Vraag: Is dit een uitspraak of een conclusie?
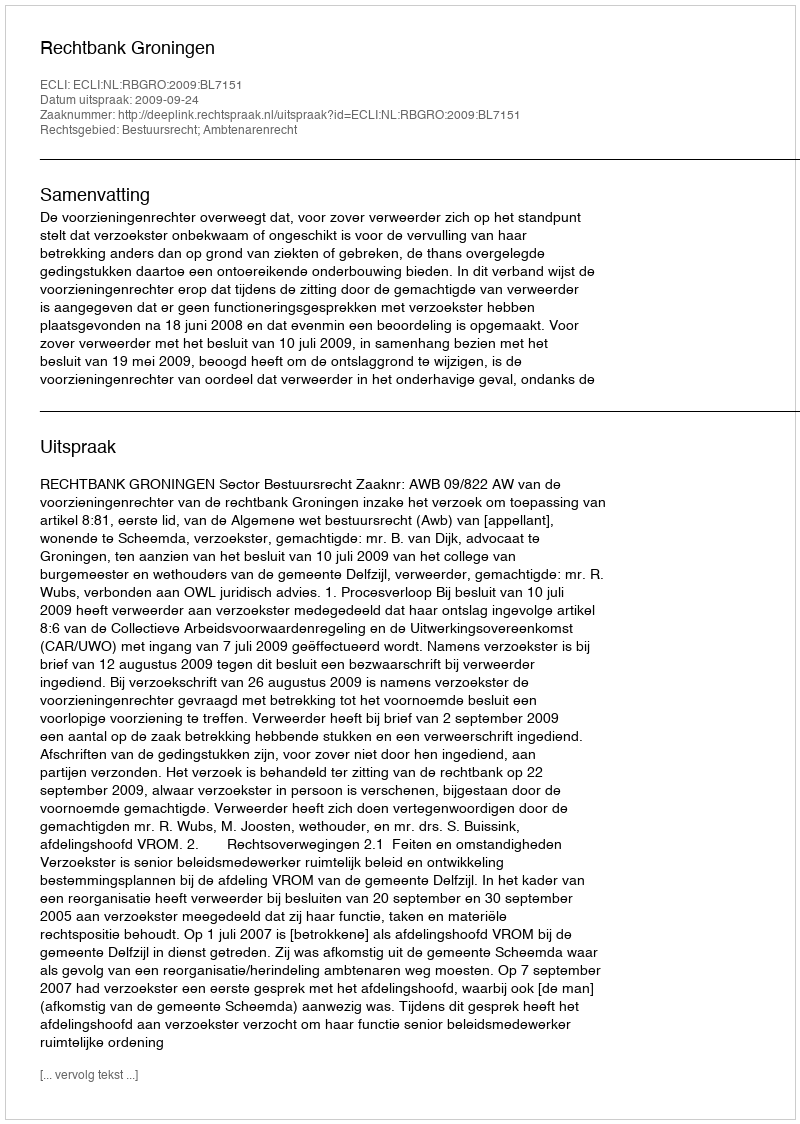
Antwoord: Uitspraak